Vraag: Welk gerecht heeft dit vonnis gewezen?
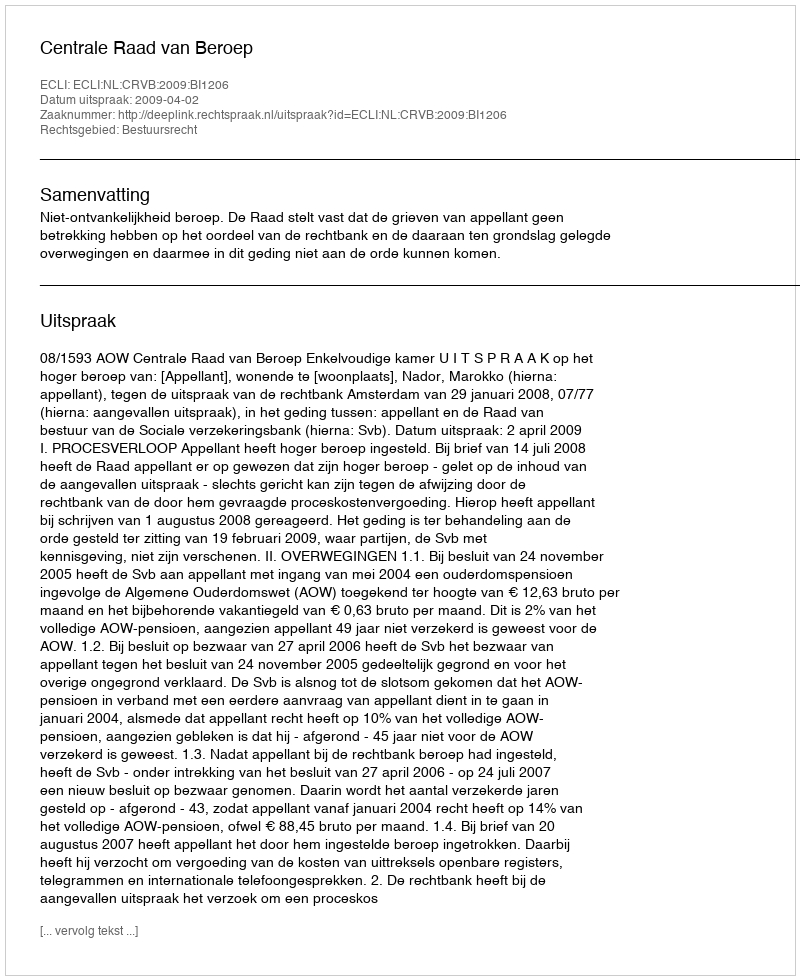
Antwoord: Centrale Raad van Beroep